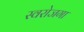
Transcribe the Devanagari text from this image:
स्‍वरोजगा